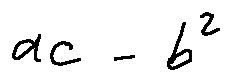
a c - b ^ { 2 }